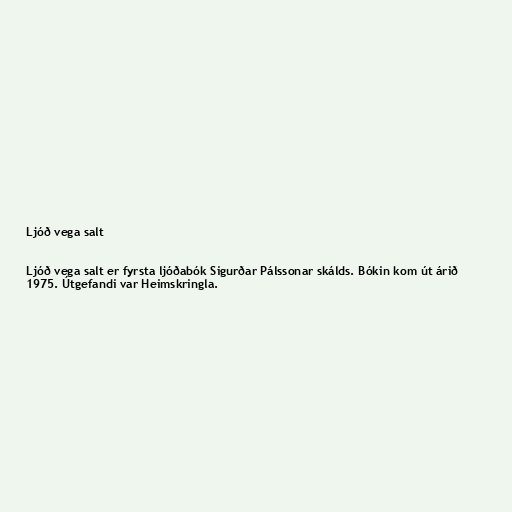
Ljóð vega salt

Ljóð vega salt er fyrsta ljóðabók Sigurðar Pálssonar skálds. Bókin kom út árið
1975. Útgefandi var Heimskringla.